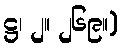
ဋ္ဌ၊ ၂။ ၂၆၉။)